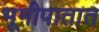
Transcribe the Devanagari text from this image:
भूमीपातात